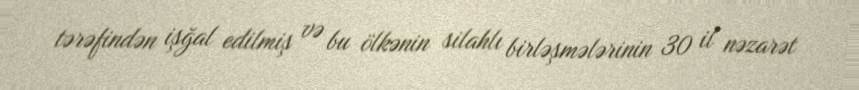
tərəfindən işğal edilmiş və bu ölkənin silahlı birləşmələrinin 30 il nəzarət